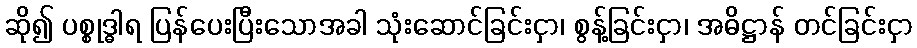
ဆို၍ ပစ္စုဒ္ဓါရ ပြန်ပေးပြီးသောအခါ သုံးဆောင်ခြင်းငှာ၊ စွန့်ခြင်းငှာ၊ အဓိဋ္ဌာန် တင်ခြင်းငှာ